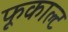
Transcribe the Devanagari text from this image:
फूकाल्ट